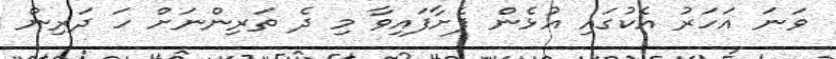
ވަނަ އަހަރު އެކުގައި އުޅެން ފެށާފައިވާ މި ދެ ތަރިންނަށް ހަ ދަރިން